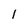
Character: l